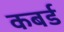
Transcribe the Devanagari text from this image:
कबर्ड